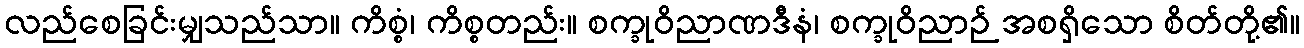
လည်စေခြင်းမျှသည်သာ။ ကိစ္စံ၊ ကိစ္စတည်း။ စက္ခုဝိညာဏဒီနံ၊ စက္ခုဝိညာဉ် အစရှိသော စိတ်တို့၏။